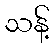
သန့်